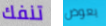
تنفك يعوض